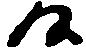
候